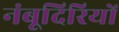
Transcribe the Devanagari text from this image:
नंबूदिरियों